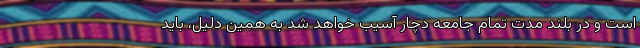
است و در بلند مدت تمام جامعه دچار آسیب خواهد شد به همین دلیل، باید